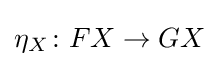
\eta _{X}\colon FX\rightarrow GX